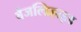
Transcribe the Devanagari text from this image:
बेंजल्डिहाइड